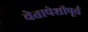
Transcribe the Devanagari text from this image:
चेतापेशीपूर्व